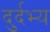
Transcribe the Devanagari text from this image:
दुर्दभ्य